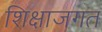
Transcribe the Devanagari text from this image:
शिक्षाजगत